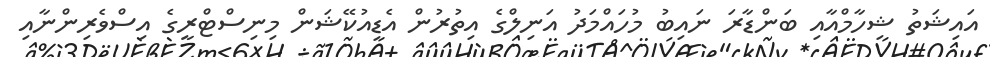
އައިޝަތު ޝިހާމްއާއި ބަންޑާރަ ނައިބު މުހައްމަދު އަނިލްގެ އިތުރުން އެޑިއުކޭޝަން މިނިސްޓްރީގެ އިސްވެރިންނާއި